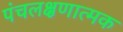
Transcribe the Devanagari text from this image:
पंचलक्षणात्मक